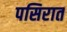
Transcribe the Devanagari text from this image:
पसिरात